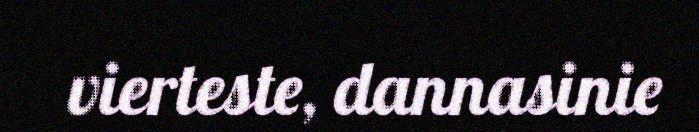
vierteste, dannasinie